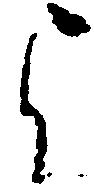
よ